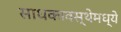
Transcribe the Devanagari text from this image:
साधकावस्थेमध्ये